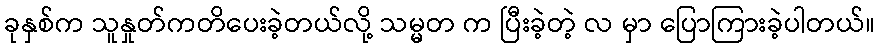
ခုနှစ်က သူနှုတ်ကတိပေးခဲ့တယ်လို့ သမ္မတ က ပြီးခဲ့တဲ့ လ မှာ ပြောကြားခဲ့ပါတယ်။